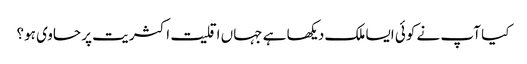
کیا آپ نے کوئی ایسا ملک دیکھا ہے جہاں اقلیت اکثریت پر حاوی ہو؟